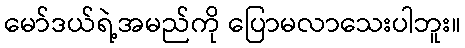
မော်ဒယ်ရဲ့အမည်ကို ပြောမလာသေးပါဘူး။